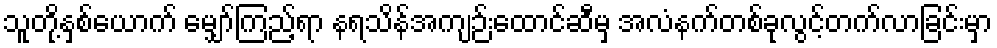
သူတို့နှစ်ယောက် မျှော်ကြည့်ရာ နရသိန်အကျဉ်းထောင်ဆီမှ အလံနက်တစ်ခုလွင့်တက်လာခြင်းမှာ